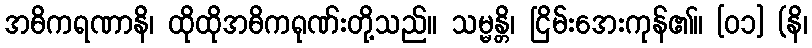
အဓိကရဏာနိ၊ ထိုထိုအဓိကရုဏ်းတို့သည်။ သမ္မန္တိ၊ ငြိမ်းအေးကုန်၏။ [၀၁] (နိ၊